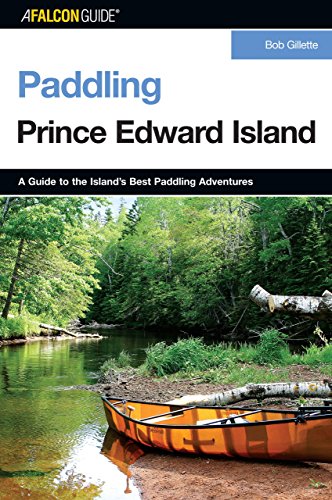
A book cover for Paddling Prince Edward Island (Paddling Series); Bob Gillette; Travel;